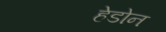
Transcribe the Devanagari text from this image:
हेडोन